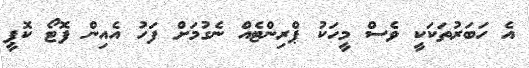
އެ ހަބަރުތަކަކީ ވެސް މީހަކު ޕްރިންޓެއް ނެގުމަށް ފަހު އެއިން ފޮޓޯ ކޮޕީ